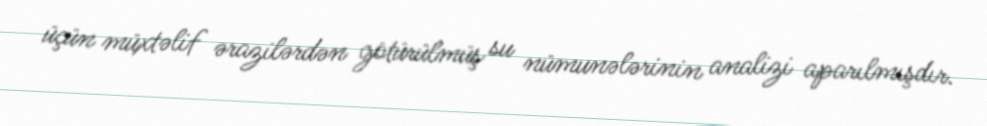
üçün müxtəlif ərazilərdən götürülmüş su nümunələrinin analizi aparılmışdır.